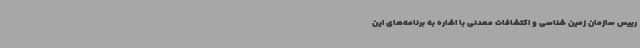
رییس سازمان زمین شناسی و اکتشافات معدنی با اشاره به برنامه‌های این